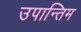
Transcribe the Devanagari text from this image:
उपान्तिम